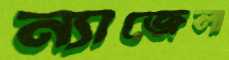
ন্যাজেলা